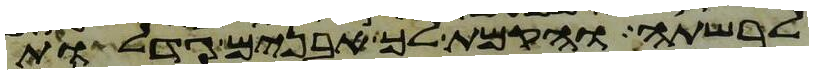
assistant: לרשתה והקמת לך אבנים גדלות